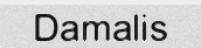
Damalis